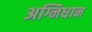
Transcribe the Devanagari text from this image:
अग्निधान